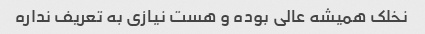
نخلک همیشه عالی بوده و هست نیازی به تعریف نداره